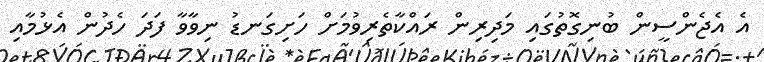
އެ އެޖެންސީން ބުނިގޮތުގައި މަދިރިން ރައްކާތެރިވުމަށް ހަށިގަނޑު ނިވާވާ ފަދަ ހެދުން އެޅުމާއި